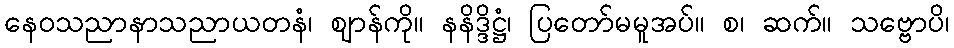
နေဝသညာနာသညာယတနံ၊ ဈာန်ကို။ နနိဒ္ဒိဋ္ဌံ၊ ပြတော်မမူအပ်။ စ၊ ဆက်။ သဗ္ဗောပိ၊